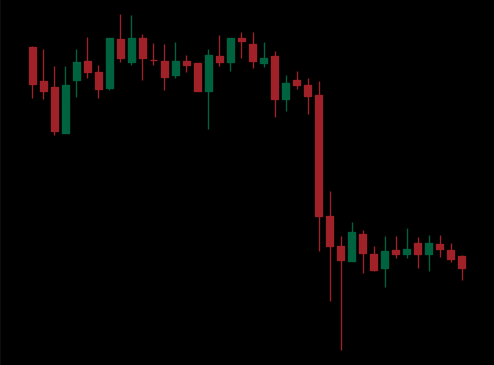
Pattern: unclassified